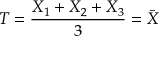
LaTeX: T = { \frac { X _ { 1 } + X _ { 2 } + X _ { 3 } } { 3 } } = { \bar { X } }